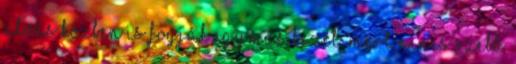
alvás közben is fogják egymás kezét. Mert nincs szebb,